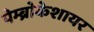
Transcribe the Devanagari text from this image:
पेम्ब्रोकेशायर